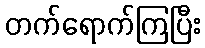
တက်ရောက်ကြပြီး